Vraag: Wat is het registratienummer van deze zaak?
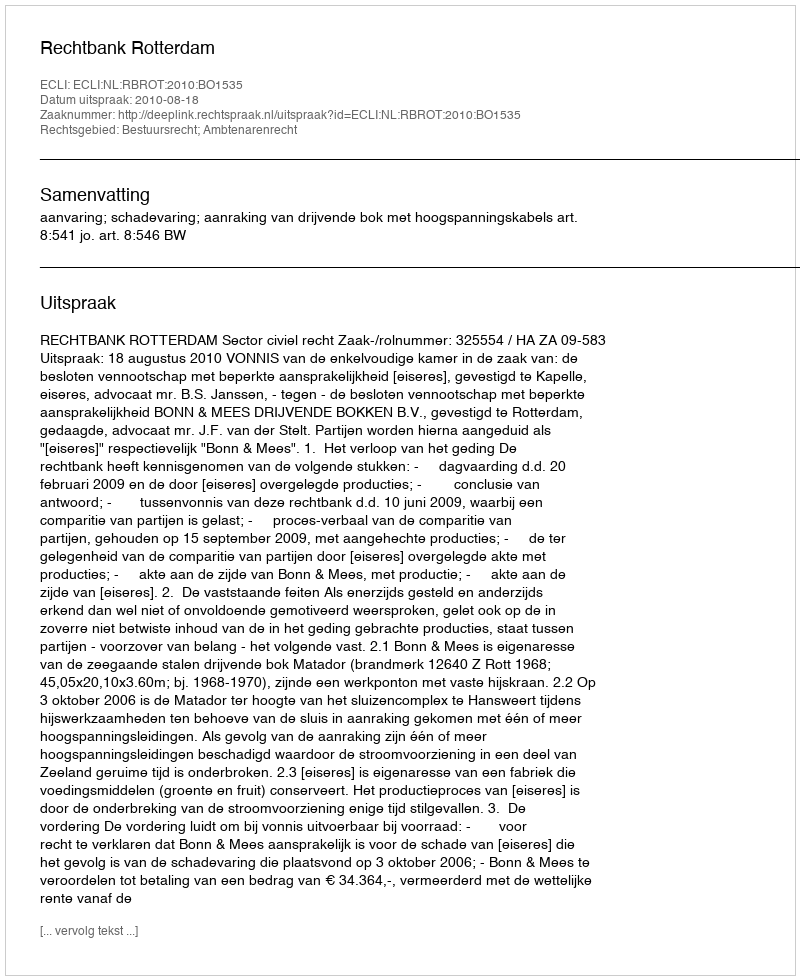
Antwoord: http://deeplink.rechtspraak.nl/uitspraak?id=ECLI:NL:RBROT:2010:BO1535